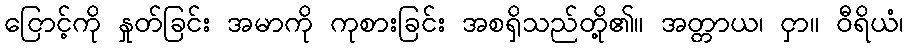
ငြောင့်ကို နှုတ်ခြင်း အမာကို ကုစားခြင်း အစရှိသည်တို့၏။ အတ္တာယ၊ ငှာ။ ဝီရိယံ၊